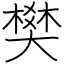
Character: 樊